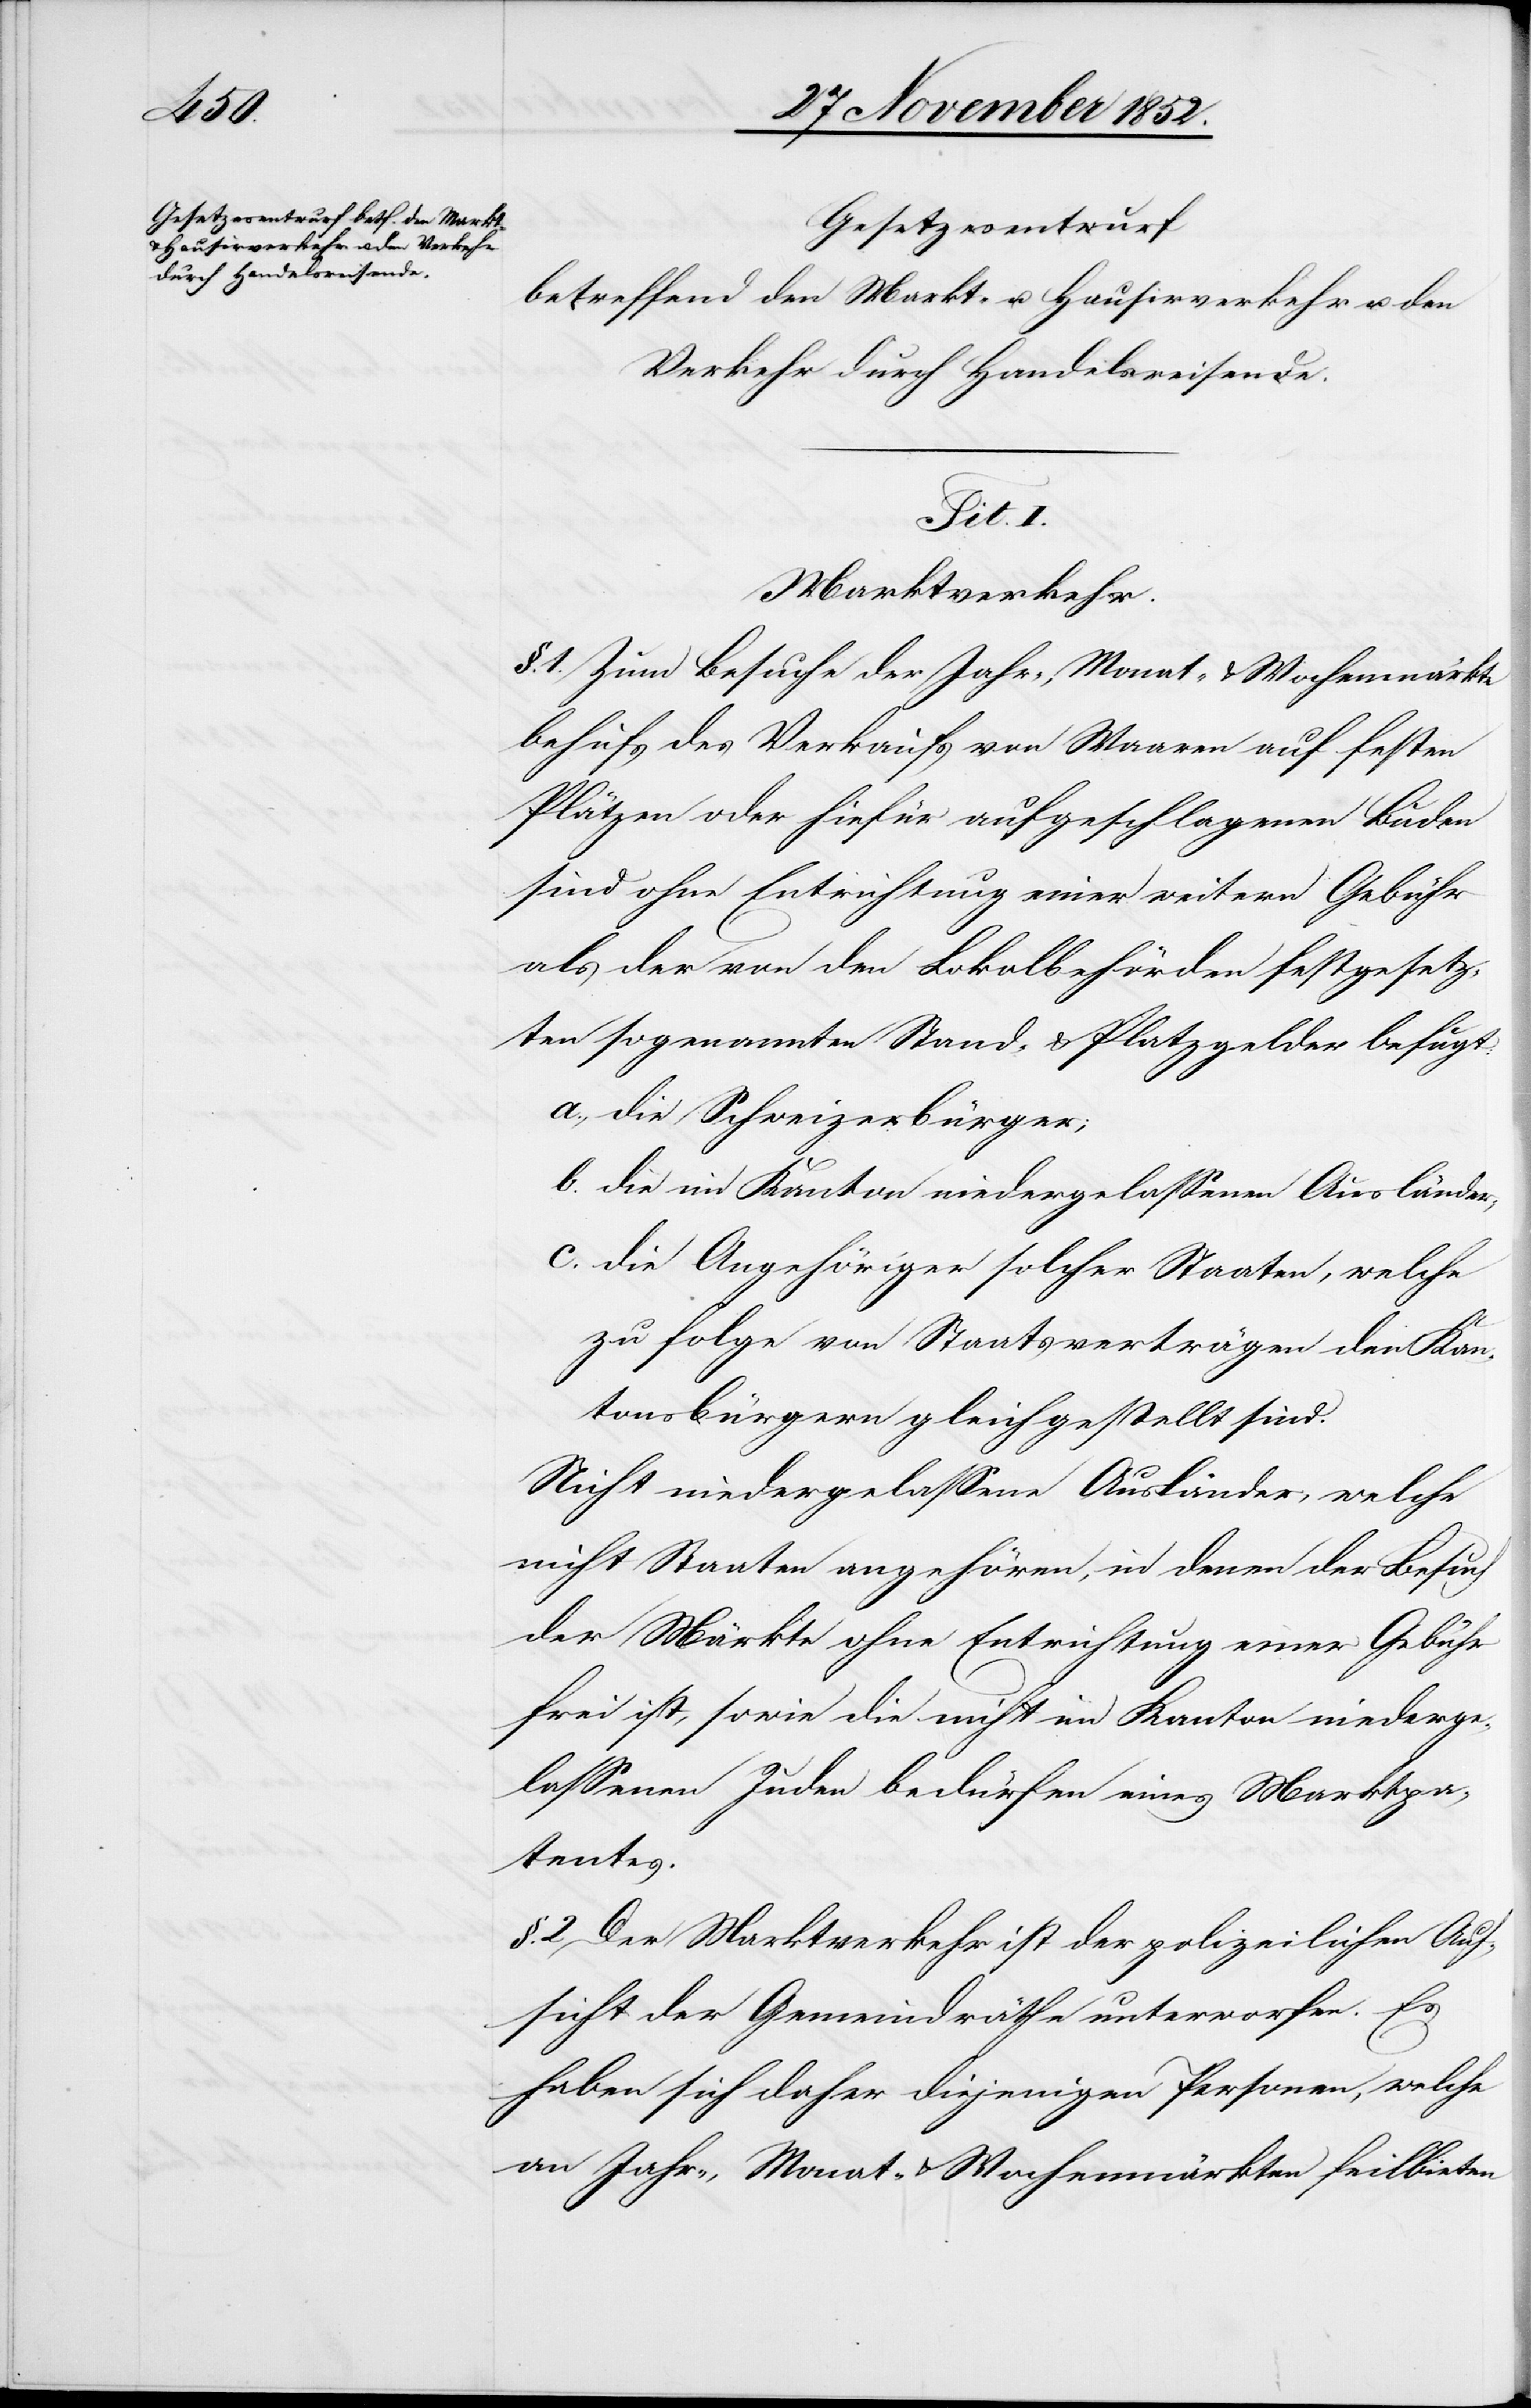
c.

Gesetzesentwurf
betreffend den Markt- u. Hausirverkehr u. den
Verkehr durch Handelsreisende.
Tit. I.
Marktverkehr.
§. 1. Zum Besuche der Jahr-, Monat- & Wochenmärkte
behufs des Verkaufs von Waaren auf festen
Plätzen oder hiefür aufgeschlagenen Buden
sind ohne Entrichtung einer weitern Gebühr
als der von den Lokalbehörden festgesetz¬
ten sogenannten Stand- & Platzgelder befugt:
die Schweizerbürger;
die im Kanton niedergelassenen Ausländer;
zu folge von Staatsverträgen den Kan¬
tonsbürgern gleichgestellt sind.
Nicht niedergelassene Ausländer, welche
nicht Staaten angehören, in denen der Besuch
der Märkte ohne Entrichtung einer Gebühr
frei ist, sowie die nicht im Kanton niederge¬
lassenen Juden bedürfen eines Marktpa¬
tentes.
§. 2 Der Marktverkehr ist der polizeilichen Auf¬
sicht der Gemeindräthe unterworfen. Es
haben sich daher diejenigen Personen, welche
an Jahr-, Monat- & Wochenmärkten feilbieten